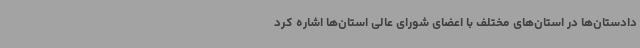
دادستان‌ها در استان‌های مختلف با اعضای شورای عالی استان‌ها اشاره کرد